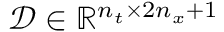
\mathcal { D } \in \mathbb { R } ^ { n _ { t } \times { 2 n _ { x } + 1 } }